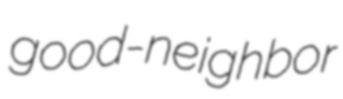
good-neighbor